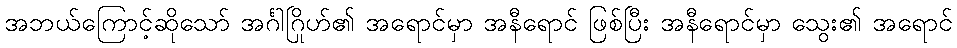
အဘယ်ကြောင့်ဆိုသော် အင်္ဂါဂြိုဟ်၏ အရောင်မှာ အနီရောင် ဖြစ်ပြီး အနီရောင်မှာ သွေး၏ အရောင်